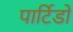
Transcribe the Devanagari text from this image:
पार्टिडो